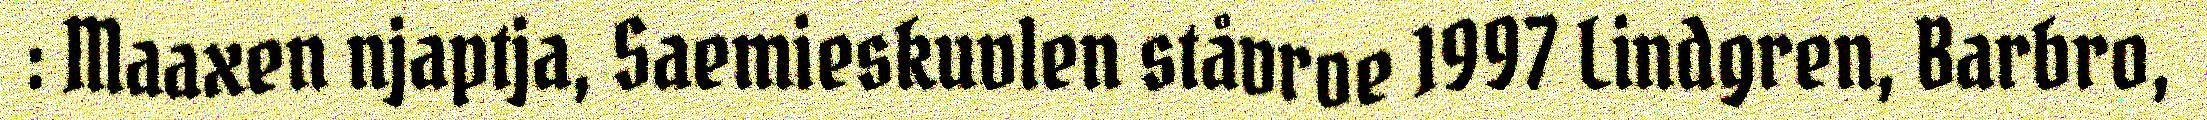
: Maaxen njaptja, Saemieskuvlen ståvroe 1997 Lindgren, Barbro,